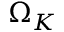
\Omega _ { K }